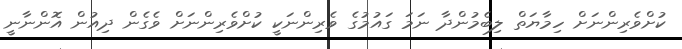
ކުށްވެރިންނަށް ހިމާޔަތް ލިބެމުންދާ ނަމަ ގައުމުގެ ވެރިންނަކީ ކުށްވެރިންނަށް ވެގެން ދިއުން އޮންނާނީ